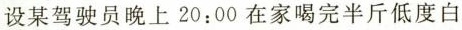
设某驾驶员晚上20:00在家喝完半斤低度白